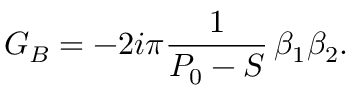
G _ { B } = - 2 i \pi { \frac { 1 } { P _ { 0 } - S } } \, \beta _ { 1 } \beta _ { 2 } . \,